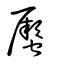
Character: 蟨